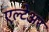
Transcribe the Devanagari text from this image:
एल्टेअर